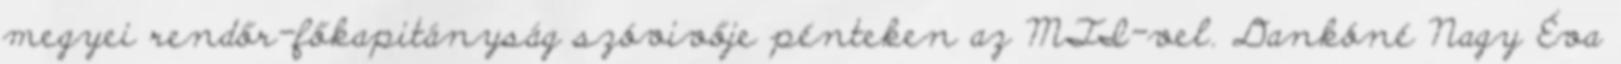
megyei rendőr-főkapitányság szóvivője pénteken az MTI-vel. Dankóné Nagy Éva